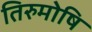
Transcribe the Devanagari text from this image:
तिरुमोषि